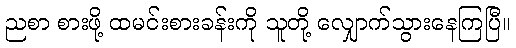
ညစာ စားဖို့ ထမင်းစားခန်းကို သူတို့ လျှောက်သွားနေကြပြီ။